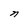
Character: n